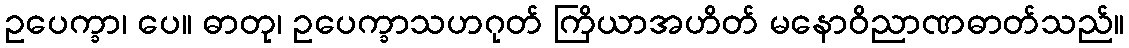
ဥပေက္ခာ၊ ပေ။ ဓာတု၊ ဥပေက္ခာသဟဂုတ် ကြိယာအဟိတ် မနောဝိညာဏဓာတ်သည်။